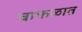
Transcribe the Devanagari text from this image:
चाफळात